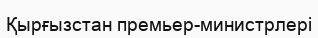
Қырғызстан премьер-министрлері